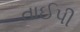
તાઈપી